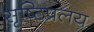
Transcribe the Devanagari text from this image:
सृष्टिप्रलय